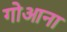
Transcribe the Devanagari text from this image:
गोआना